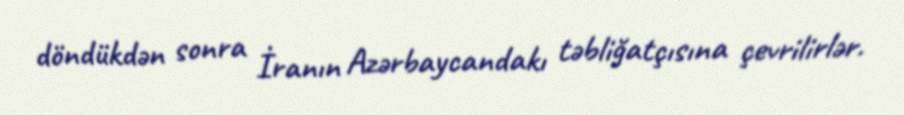
döndükdən sonra İranın Azərbaycandakı təbliğatçısına çevrilirlər.